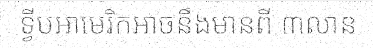
ទ្វីបអាមេរិកអាចនឹងមានពី ៣លាន